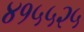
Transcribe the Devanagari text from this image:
४१५५२५